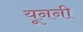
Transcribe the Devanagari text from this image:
यूननी